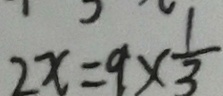
2 x = 9 \times \frac { 1 } { 3 }